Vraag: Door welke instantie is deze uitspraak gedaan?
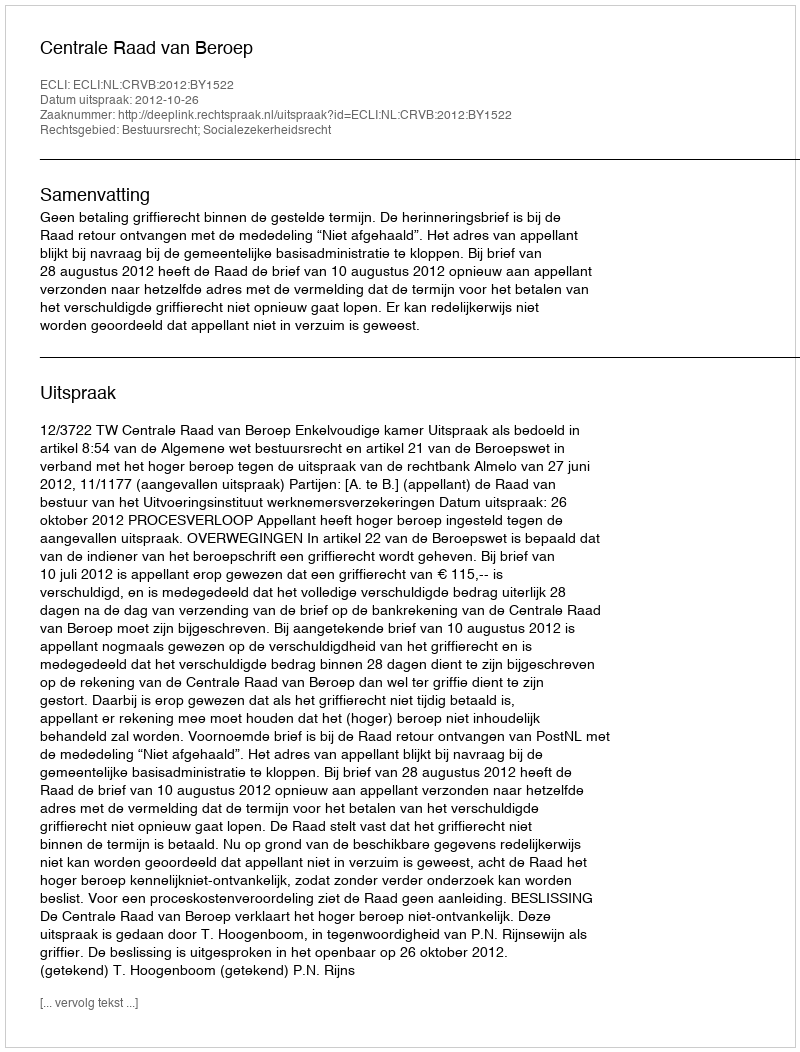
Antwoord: Centrale Raad van Beroep